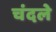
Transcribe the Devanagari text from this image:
चंदले